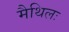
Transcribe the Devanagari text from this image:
मैथिलः